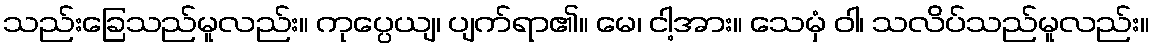
သည်းခြေသည်မူလည်း။ ကုပ္ပေယျ၊ ပျက်ရာ၏။ မေ၊ ငါ့အား။ သေမှံ ဝါ၊ သလိပ်သည်မူလည်း။